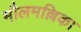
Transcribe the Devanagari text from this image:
मौलमल्लिका